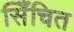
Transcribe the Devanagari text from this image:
सिँचित